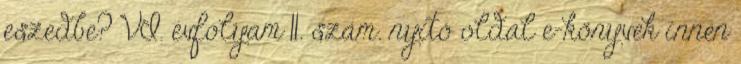
eszedbe? VI. évfolyam 11. szám. nyitó oldal e-könyvek innen